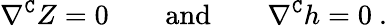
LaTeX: \nabla^{\mathtt{C}}Z=0\qquad\mathrm{and}\qquad\nabla^{\mathtt{C}}h=0\ .